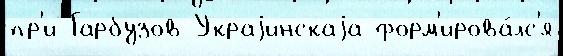
пр'и Гарбузов Украjинскаjа форм'ирова́лс'я